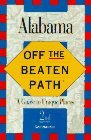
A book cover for Alabama: Off the Beaten Path/a Guide to Unique Places; Gay N. Martin; Travel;